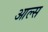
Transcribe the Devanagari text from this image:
आल्स